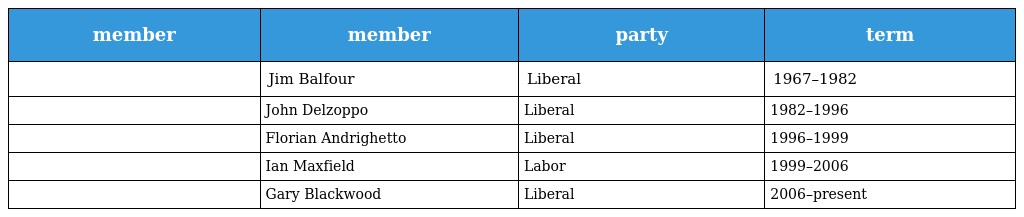
| member | member | party | term |
 | --- | --- | --- | --- |
 |  | Jim Balfour | Liberal | 1967–1982 |
 |  | John Delzoppo | Liberal | 1982–1996 |
 |  | Florian Andrighetto | Liberal | 1996–1999 |
 |  | Ian Maxfield | Labor | 1999–2006 |
 |  | Gary Blackwood | Liberal | 2006–present |